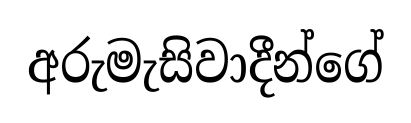
අරුමැසිවාදීන්ගේ